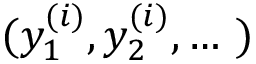
( y _ { 1 } ^ { ( i ) } , y _ { 2 } ^ { ( i ) } , \dots \ )